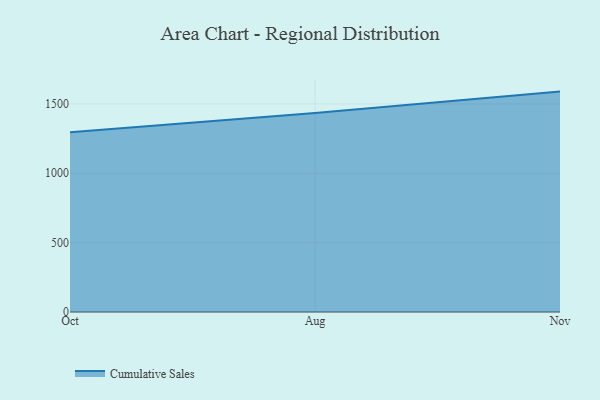
{"axis": {"x": "Month", "y": "Population (Million)"}, "legend": ["Cumulative Sales"], "data": [{"x": "Oct", "y": 1296.2, "type": "Cumulative Sales"}, {"x": "Aug", "y": 1433.8, "type": "Cumulative Sales"}, {"x": "Nov", "y": 1588.7, "type": "Cumulative Sales"}]}